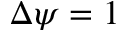
\Delta \psi = 1